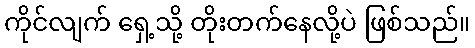
ကိုင်လျက် ရှေ့သို့ တိုးတက်နေလို့ပဲ ဖြစ်သည်။